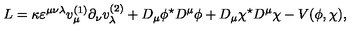
L = \kappa \varepsilon ^ { \mu \nu \lambda } v _ { \mu } ^ { ( 1 ) } \partial _ { \nu } v _ { \lambda } ^ { ( 2 ) } + D _ { \mu } \phi ^ { \star } D ^ { \mu } \phi + D _ { \mu } \chi ^ { \star } D ^ { \mu } \chi - V ( \phi , \chi ) ,